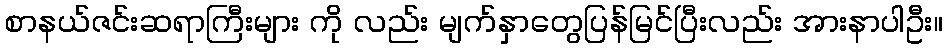
စာနယ်ဇင်းဆရာကြီးများ ကို လည်း မျက်နှာတွေပြန်မြင်ပြီးလည်း အားနာပါဦး။